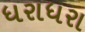
ધરાધરા